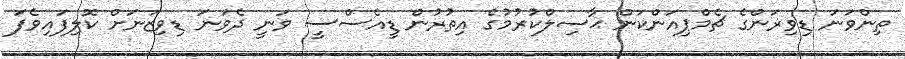
ތިންވަނަ ޑިވިޜަންގެ ޗެމްޕިއަންކަން ޙާސިލްކުރުމުގެ އިތުރުން ޑީއެސްސީ ވަނީ ދެވަނަ ޑިވިޒަނަށް ކޮލިފައިވެފަ